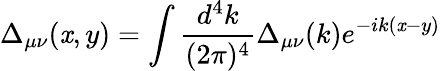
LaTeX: \Delta_{\mu\nu}(\mathit{x},y)=\int{\frac{{d^{4}k}}{{(2\pi)^{4}}}}\Delta_{\mu\nu}(k)e^{-ik(\mathit{x}-y)}